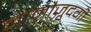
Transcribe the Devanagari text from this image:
नामौजूदगी